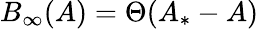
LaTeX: B_{\infty}(A)=\Theta(A_{*}-A)